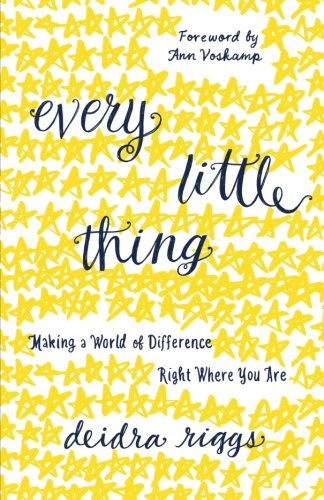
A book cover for Every Little Thing: Making a World of Difference Right Where You Are; Deidra Riggs; Christian Books & Bibles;